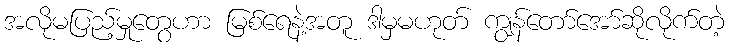
အလိုမပြည့်မှုတွေဟာ မြစ်ရေနဲ့အတူ ဒါမှမဟုတ် ကျွန်တော်အော်ဆိုလိုက်တဲ့